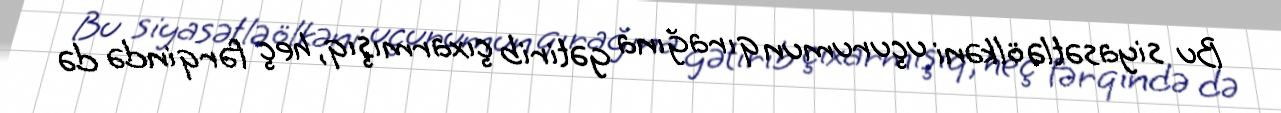
Bu siyasətlə ölkəni uçurumun qırağına gətirib çıxarmışıq, heç fərqində də